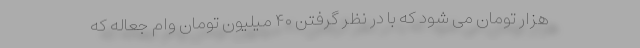
هزار تومان می شود که با در نظر گرفتن ۴۰ میلیون تومان وام جعاله که